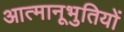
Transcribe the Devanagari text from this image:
आत्मानूभुतियों